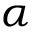
\alpha